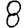
Digit: 8